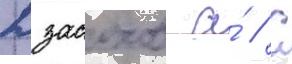
Дзасохов а́ // С